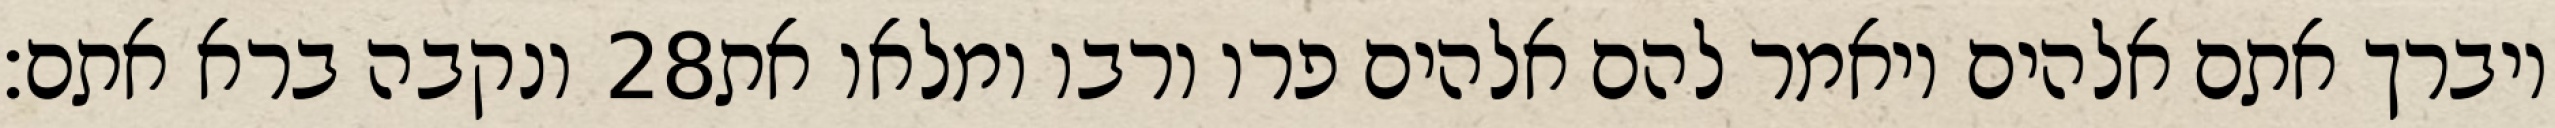
ונקבה ברא אתם׃ ‎28‏ ויברך אתם אלהים ויאמר להם אלהים פרו ורבו ומלאו את